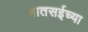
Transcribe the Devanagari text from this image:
भातसईच्या